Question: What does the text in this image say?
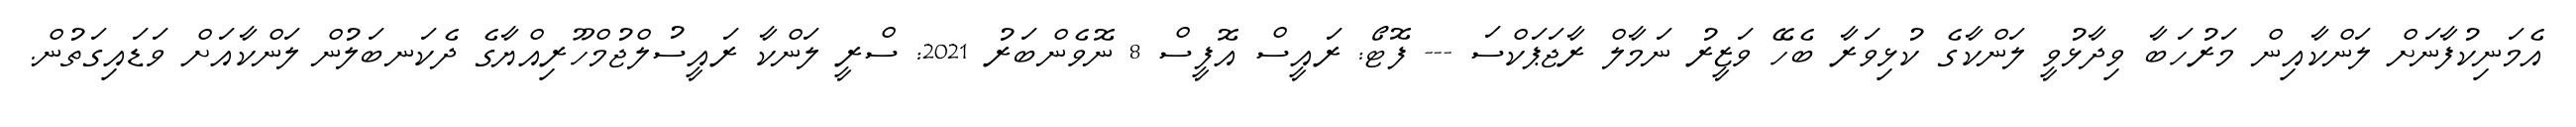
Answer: އެމަނިކުފާނަށް ލަންކާއިން މަރުހަބާ ވިދާޅުވީ ލަންކާގެ ކުޅިވަރާ ބެހޭ ވަޒީރު ނަމާލް ރާޖަޕަކްސަ --- ފޮޓޯ: ރައީސް އޮފީސް 8 ނޮވެންބަރު 2021: ސްރީ ލަންކާ ރައީސުލްޖުމްހޫރިއްޔާގެ ދެކަނބަލުން ލަންކާއަށް ވަޑައިގަތުން.